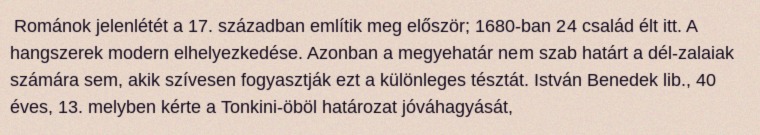
Románok jelenlétét a 17. században említik meg először; 1680-ban 24 család élt itt. A hangszerek modern elhelyezkedése. Azonban a megyehatár nem szab határt a dél-zalaiak számára sem, akik szívesen fogyasztják ezt a különleges tésztát. István Benedek lib., 40 éves, 13. melyben kérte a Tonkini-öböl határozat jóváhagyását,